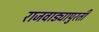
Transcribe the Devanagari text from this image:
राजवाड्यापुरती